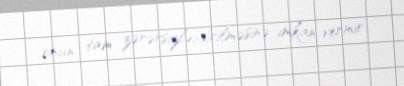
onun tam zərərsizləşdirilməsinə imkan vermir.